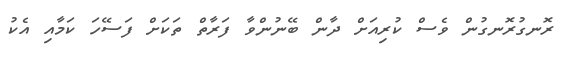
ރޮނގުރޮނގުން ވެސް ކުރިއަށް ދާން ބޭނުންވާ ފަރާތް ތަކަށް ފަސޭހަ ކަމާއި އެކު